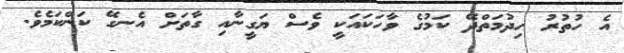
އެ ހުތުރު ހިދުމަތްދޭ ކަމުގެ ވާހަކައަކީ ވެސް ޔަގީނާއި ގާތަށް އެނގޭ ކަންކަމެވެ.